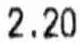
2.20